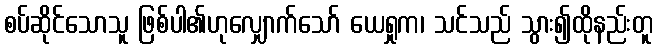
စပ်ဆိုင်သောသူ ဖြစ်ပါ၏ဟုလျှောက်သော် ယေရှုက၊ သင်သည် သွား၍ထိုနည်းတူ